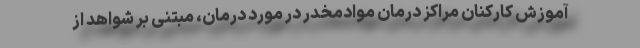
آموزش کارکنان مراکز درمان موادمخدر در مورد درمان، مبتنی بر شواهد از